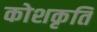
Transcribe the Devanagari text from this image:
कोशकृति